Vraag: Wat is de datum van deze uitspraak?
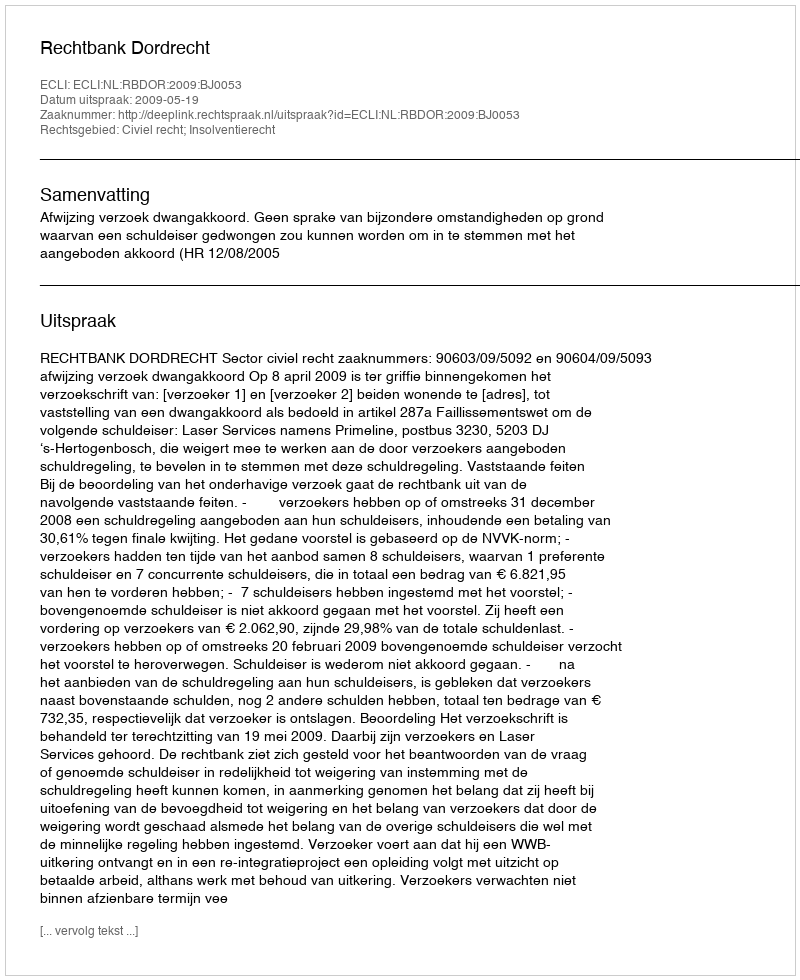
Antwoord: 2009-05-19